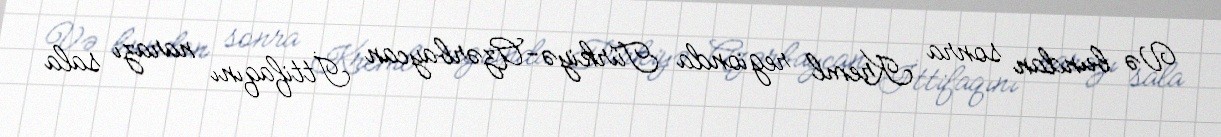
Və bundan sonra Kreml regionda Türkiyə-Azərbaycan İttifaqını narazı sala